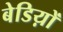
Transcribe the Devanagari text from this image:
बेडिय़ों